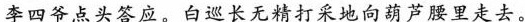
李四爷点头答应。白巡长无精打采地向葫芦腰里走去。